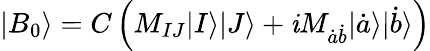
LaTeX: |B_{0}\rangle=C\left(M_{IJ}|I\rangle|J\rangle+\mathit{i}M_{\dot{{a}}\dot{{b}}}|\dot{{a}}\rangle|\dot{{b}}\rangle\right)